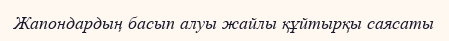
Жапондардың басып алуы жайлы құйтырқы саясаты